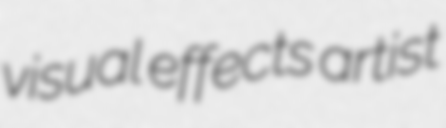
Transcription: visual effects artist